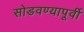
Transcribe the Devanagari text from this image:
सोडवण्यापूर्वी